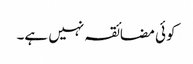
کوئی مضائقہ نہیں ہے۔